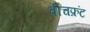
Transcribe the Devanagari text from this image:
बीचफ्रंट